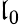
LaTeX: \mathfrak{l}_{0}